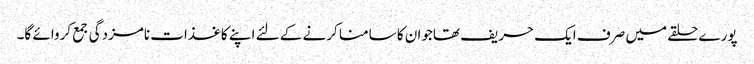
پورے حلقے میں صرف ایک حریف تھاجوان کا سامنا کرنے کے لئے اپنے کاغذات نامزدگی جمع کروائے گا۔